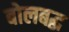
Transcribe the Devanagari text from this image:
बोलबद्ध